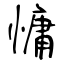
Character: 慵